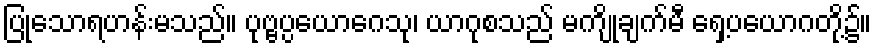
ပြုသောရဟန်းမသည်။ ပုဗ္ဗပ္ပယောဂေသု၊ ယာဂုစသည် မကျိုချက်မီ ရှေ့ပယောဂတို့၌။